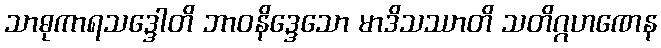
သာဓုကာရသဒ္ဒေါတိ ဘာဝနိဒ္ဒေသော မာဒိသဿာတိ သတိဂ္ဂဟဏေန